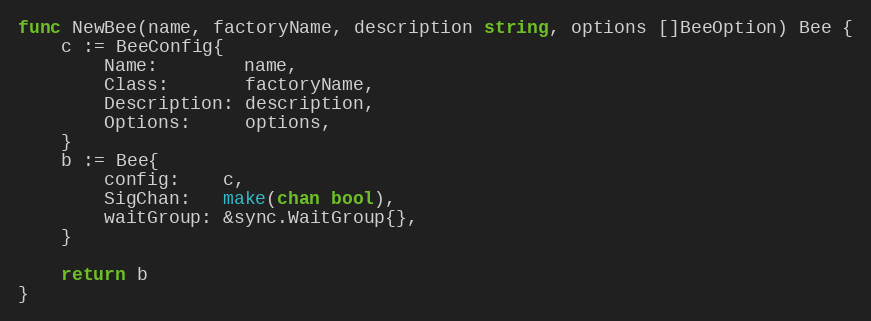
Language: Go
func NewBee(name, factoryName, description string, options []BeeOption) Bee {
	c := BeeConfig{
		Name:        name,
		Class:       factoryName,
		Description: description,
		Options:     options,
	}
	b := Bee{
		config:    c,
		SigChan:   make(chan bool),
		waitGroup: &sync.WaitGroup{},
	}

	return b
}